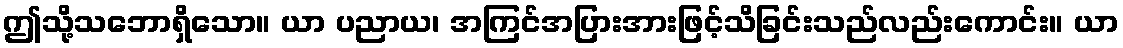
ဤသို့သဘောရှိသော။ ယာ ပညာယ၊ အကြင်အပြားအားဖြင့်သိခြင်းသည်လည်းကောင်း။ ယာ